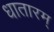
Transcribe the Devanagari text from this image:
धातारम्